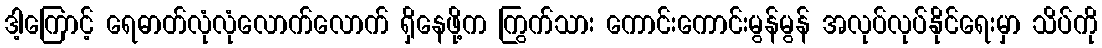
ဒါ့ကြောင့် ရေဓာတ်လုံလုံလောက်လောက် ရှိနေဖို့က ကြွက်သား ကောင်းကောင်းမွန်မွန် အလုပ်လုပ်နိုင်ရေးမှာ သိပ်ကို